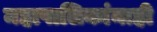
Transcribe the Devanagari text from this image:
महापालिकांनाही